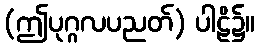
(ဤပုဂ္ဂလပညတ်) ပါဠိ၌။